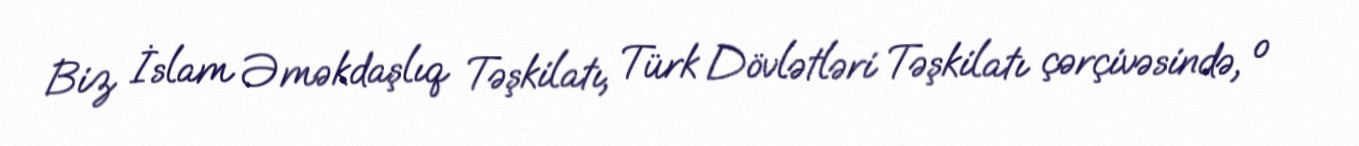
Biz İslam Əməkdaşlıq Təşkilatı, Türk Dövlətləri Təşkilatı çərçivəsində, o